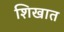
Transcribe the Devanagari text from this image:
शिखात